Trukikaitis_Postimees, lk 151
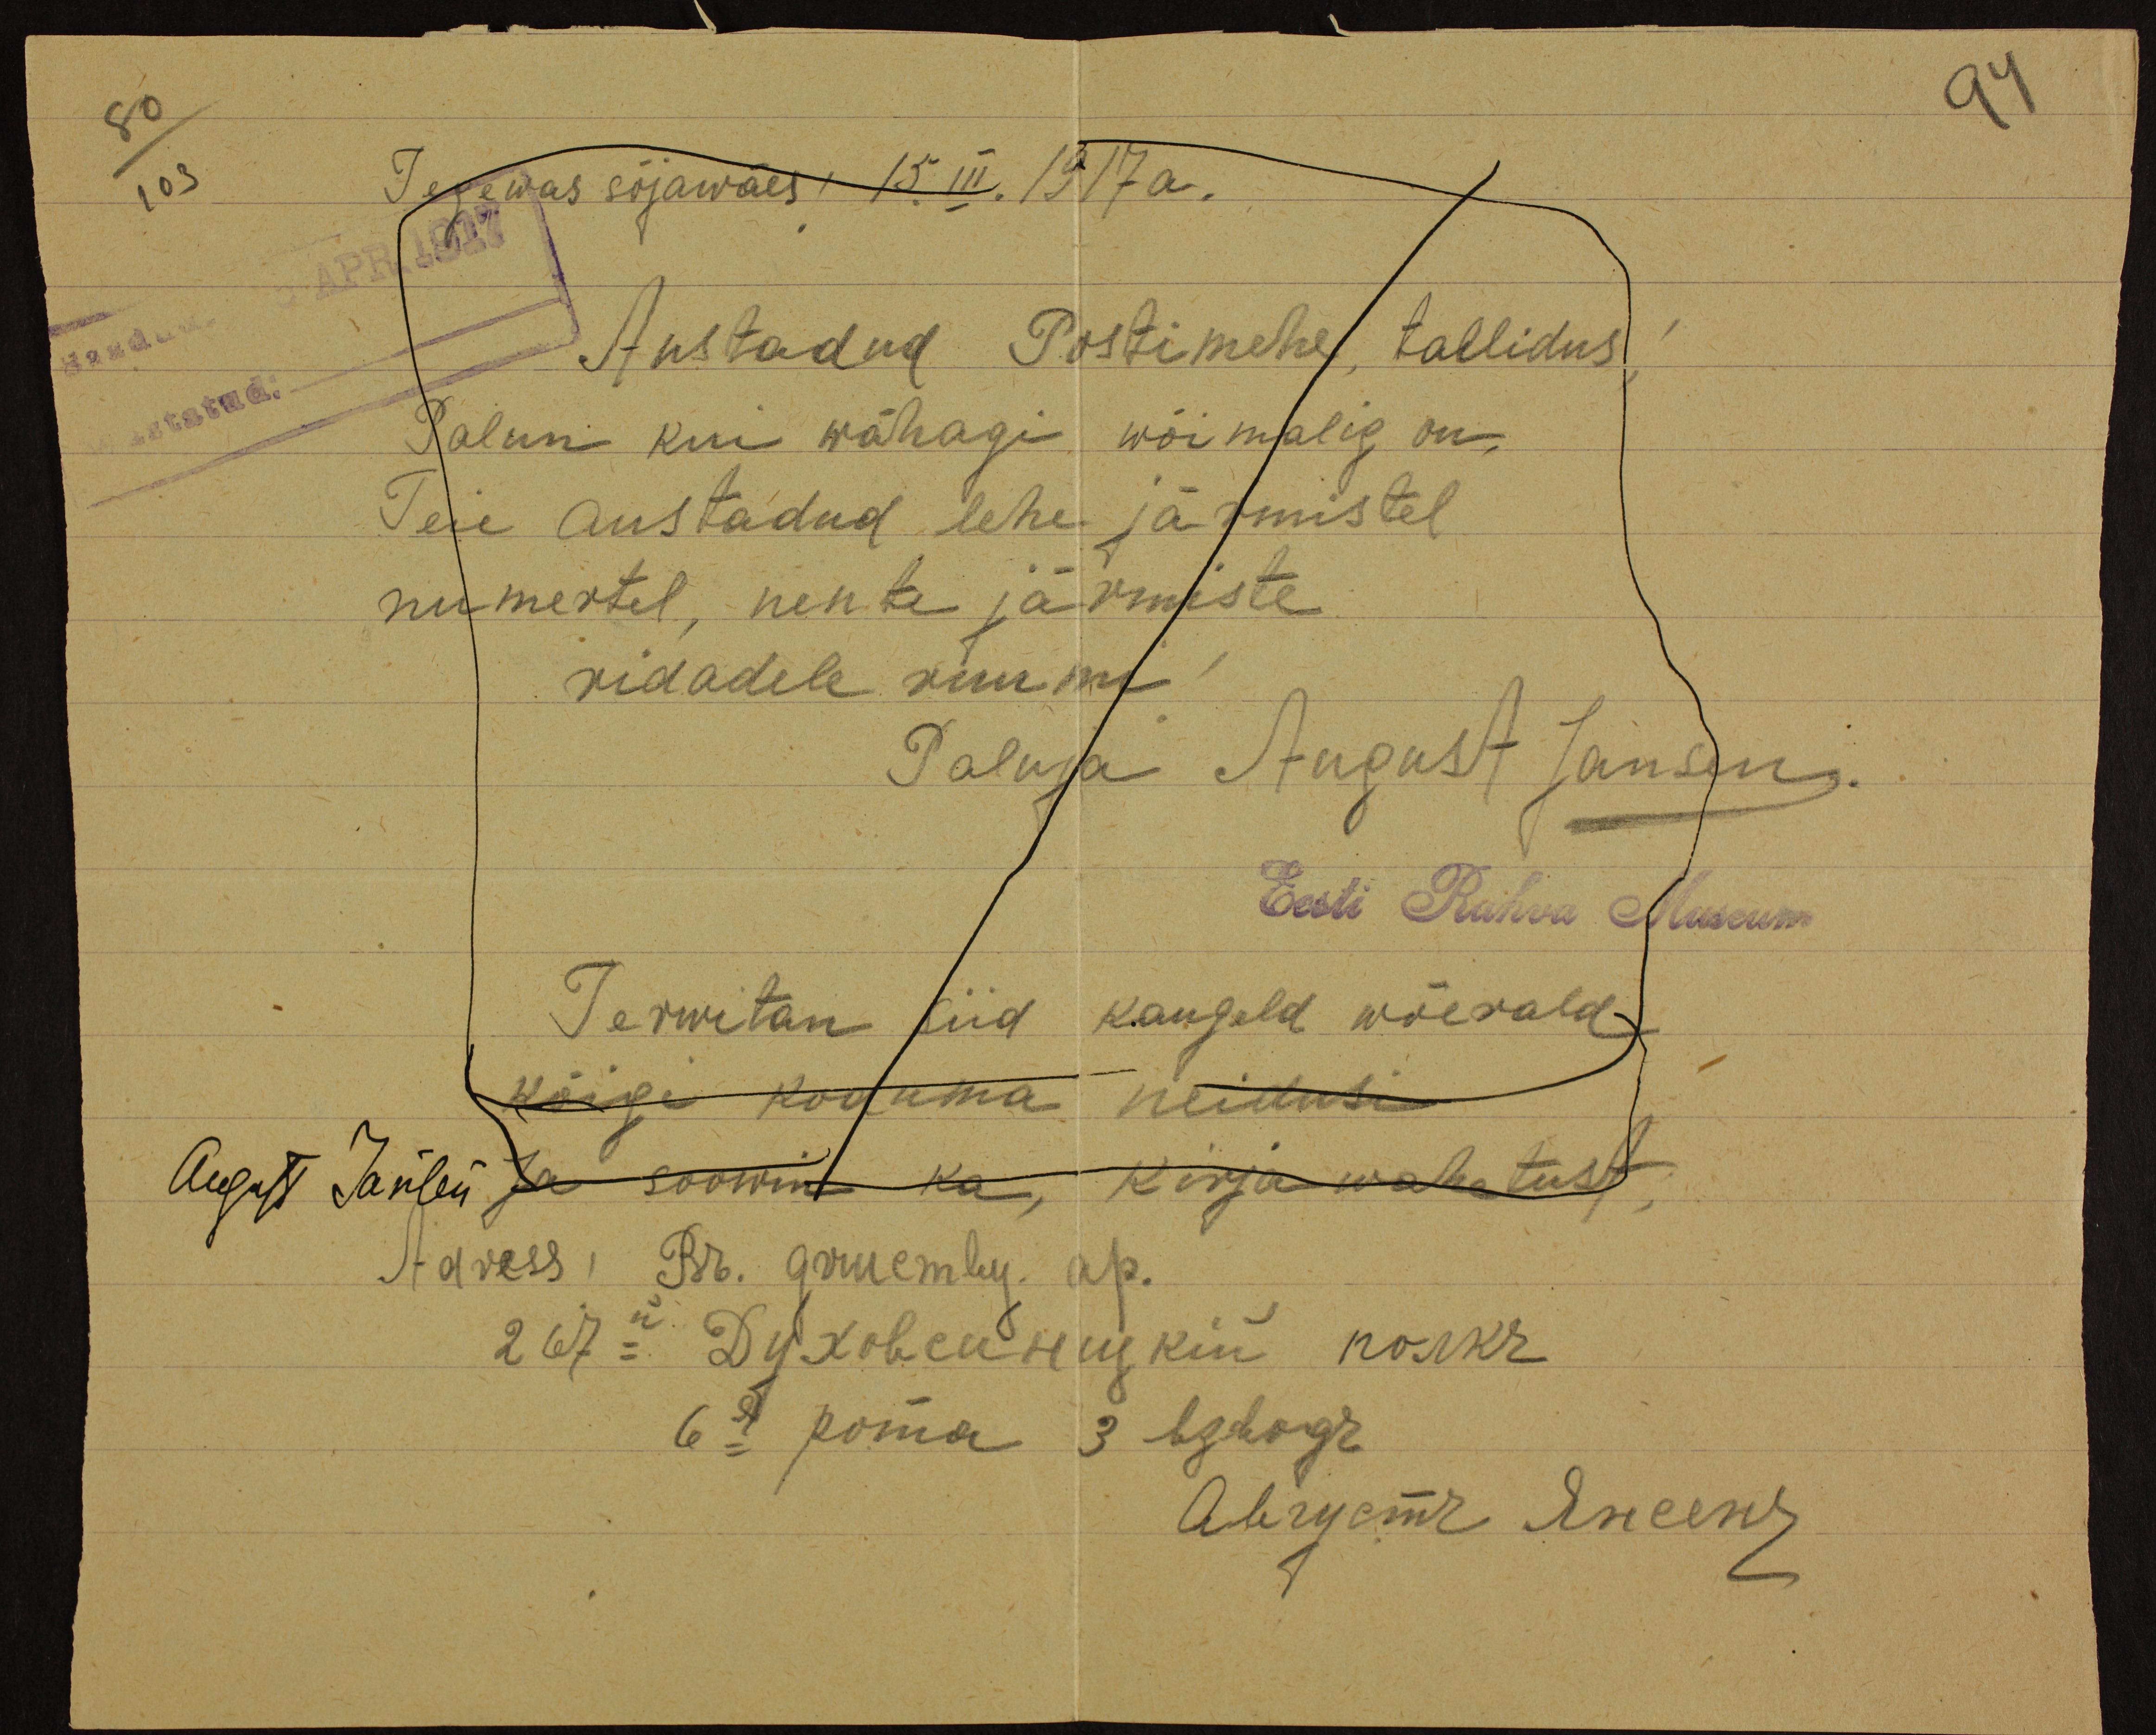
94
80
103
Tegewas sõjawäes 15. III. 1917a.
APR.1917
Austadud Postimehe tallidus
Palun kui wähagi wõimalik on,
Teie austadud lehe järmistel
numertel, nente järmiste
ridadele ruumi!
Paluja August Jansen.
Eesti Rahva Museum
Terwitan siid kaugelt wõerald
kõige koduma neidusi
August Järlen Ja soowin ka kirja wahetust,
Adress, Br. Grunembr. ap.